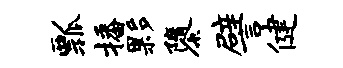
瓢播夥隳譬健